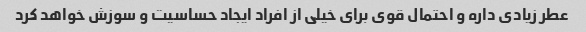
عطر زیادی داره و احتمال قوی برای خیلی از افراد ایجاد حساسیت و سوزش خواهد کرد